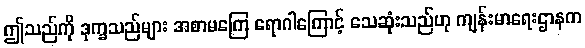
ဤသည်ကို ဒုက္ခသည်များ အစာမကြေ ရောဂါကြောင့် သေဆုံးသည်ဟု ကျန်းမာရေးဌာနက